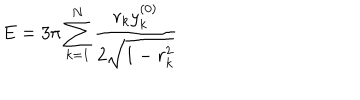
LaTeX: E = 3 \pi \sum _ { k = 1 } ^ { N } \frac { r _ { k } y _ { k } ^ { ( 0 ) } } { 2 \sqrt { 1 - r _ { k } ^ { 2 } } }